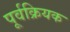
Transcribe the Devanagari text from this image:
पूर्वक्रियक